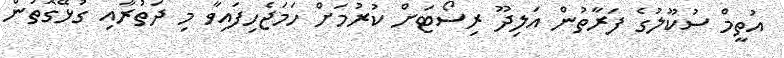
އުތީމް ސުކޫލުގެ ފަރާތުން އަލިދޫ ރިސޯޓަށް ކުރުމަށް ހަމަޖެހިފައިވާ މި ދަތުރާއި ގުޅޭގޮތުން